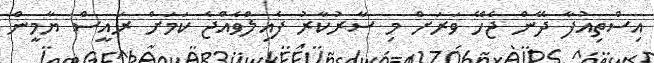
އިސްތިއުފާ ދޭން ޖެހޭ ވަރަށް މި ސާރުކާރު ފެއިލްވެއްޖެ ކަމަށް ރައީސް ޔާމީން